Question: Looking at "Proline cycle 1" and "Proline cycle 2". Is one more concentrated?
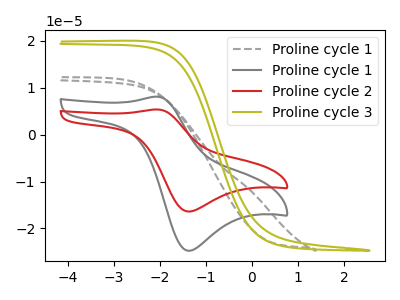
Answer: <think>The gray dashed curve "Proline cycle 1" has no peaks. The gray curve "Proline cycle 1" has an anodic peak at (-2.05V, 8.10uA) and a cathodic peak at (-1.40V, -24.75uA). The red curve "Proline cycle 2" has an anodic peak at (-2.05V, 5.35uA) and a cathodic peak at (-1.40V, -16.40uA). The olive curve "Proline cycle 3" has no peaks.
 All the peaks in "Proline cycle 1" have a peak in "Proline cycle 2" at the same potential. Every peak in "Proline cycle 1" is higher than every peak in "Proline cycle 2".</think>
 <answer>"Proline cycle 1" has more signal than "Proline cycle 2" and so likely has a higher concentration.</answer>
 <eval>more_concentration</eval>